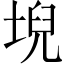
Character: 堄